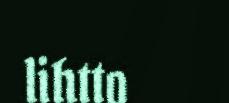
lihtto